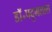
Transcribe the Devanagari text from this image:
डॉ॰पदुमलाल